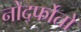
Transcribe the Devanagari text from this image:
नोर्द्फोतो